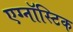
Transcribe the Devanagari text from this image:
एग्नॉस्टिक